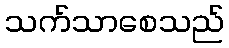
သက်သာစေသည်